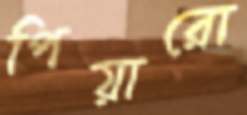
পিয়ারো